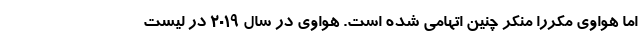
اما هواوی مکررا منکر چنین اتهامی شده است. هواوی در سال ۲۰۱۹ در لیست